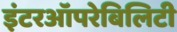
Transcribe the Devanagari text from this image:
इंटरऑपरेबिलिटी